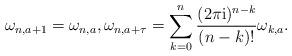
LaTeX: \begin{align*} \omega_{n,a+1}=\omega_{n,a}, \omega_{n,a+\tau}=\sum_{k=0}^n {(2 \pi \mathrm{i})^{n-k}\over (n-k)!}\omega_{k,a}. \end{align*}